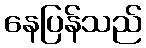
နေပြန်သည်